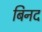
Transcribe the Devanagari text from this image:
बिनद